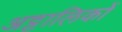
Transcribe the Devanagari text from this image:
अट्टालिकों